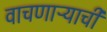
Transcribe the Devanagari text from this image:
वाचणाऱ्याची